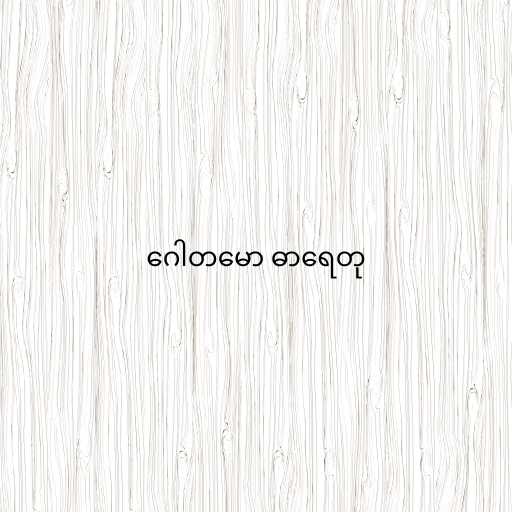
ဂေါတမော ဓာရေတု